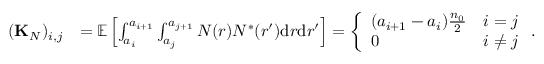
\begin{array} { r l } { ( { \bf K } _ { N } ) _ { i , j } } & { = { \mathbb E } \left[ \int _ { a _ { i } } ^ { a _ { i + 1 } } \int _ { a _ { j } } ^ { a _ { j + 1 } } N ( r ) N ^ { * } ( r ^ { \prime } ) \mathrm { d } r \mathrm { d } r ^ { \prime } \right] = \left\{ \begin{array} { l l } { ( a _ { i + 1 } - a _ { i } ) \frac { n _ { 0 } } { 2 } } & { i = j } \\ { 0 } & { i \ne j } \end{array} \right. . } \end{array}